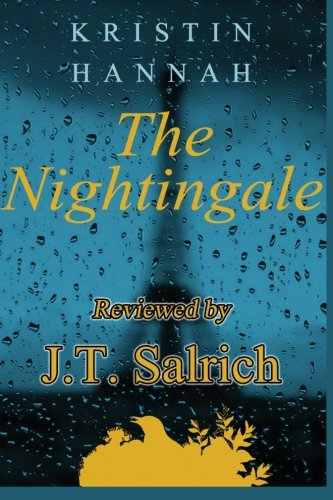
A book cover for The Nightingale by Kristin Hannah - Reviewed; J.T. Salrich; Literature & Fiction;